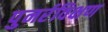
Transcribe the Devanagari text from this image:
पुनर्रविक्षण